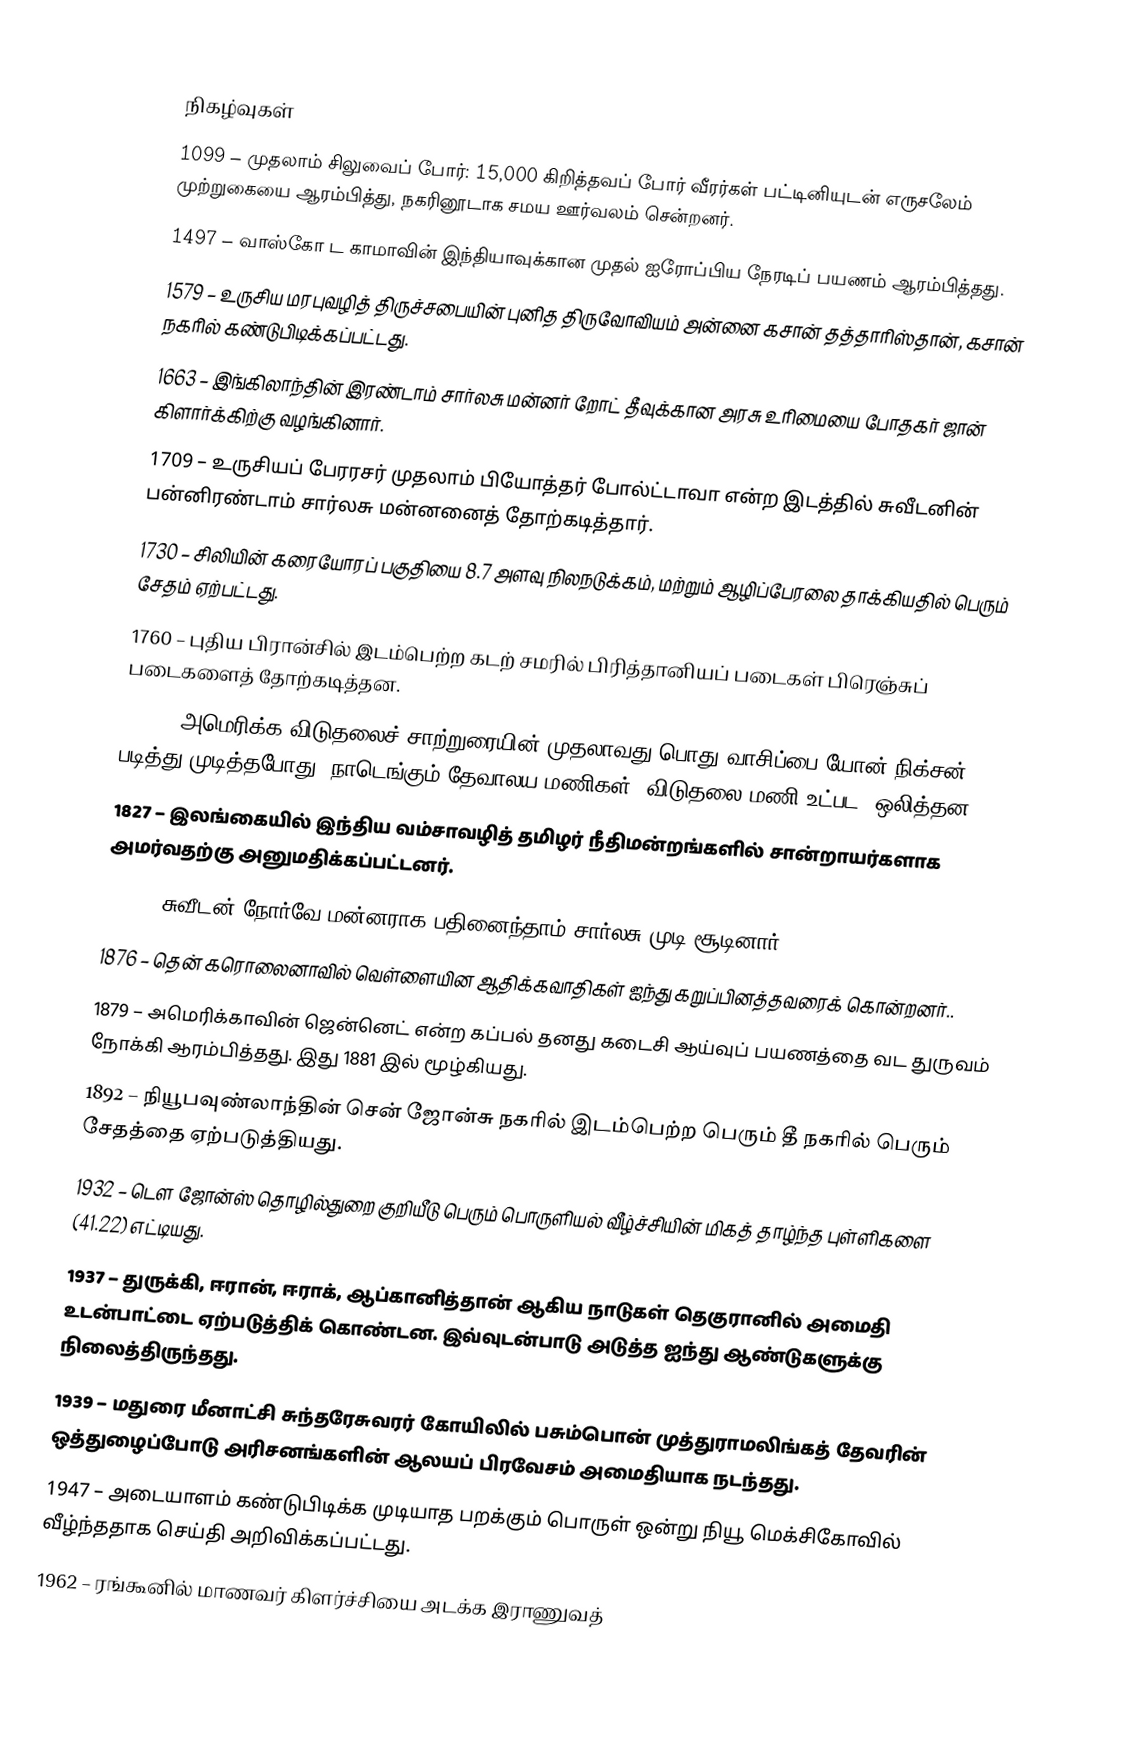

நிகழ்வுகள்
1099 – முதலாம் சிலுவைப் போர்: 15,000 கிறித்தவப் போர் வீரர்கள் பட்டினியுடன் எருசலேம் முற்றுகையை ஆரம்பித்து, நகரினூடாக சமய ஊர்வலம் சென்றனர்.
1497 – வாஸ்கோ ட காமாவின் இந்தியாவுக்கான முதல் ஐரோப்பிய நேரடிப் பயணம் ஆரம்பித்தது.
1579 – உருசிய மரபுவழித் திருச்சபையின் புனித திருவோவியம் அன்னை கசான் தத்தாரிஸ்தான், கசான் நகரில் கண்டுபிடிக்கப்பட்டது.
1663 – இங்கிலாந்தின் இரண்டாம் சார்லசு மன்னர் றோட் தீவுக்கான அரசு உரிமையை போதகர் ஜான் கிளார்க்கிற்கு வழங்கினார்.
1709 – உருசியப் பேரரசர் முதலாம் பியோத்தர் போல்ட்டாவா என்ற இடத்தில் சுவீடனின் பன்னிரண்டாம் சார்லசு மன்னனைத் தோற்கடித்தார்.
1730 – சிலியின் கரையோரப் பகுதியை 8.7 அளவு நிலநடுக்கம், மற்றும் ஆழிப்பேரலை தாக்கியதில் பெரும் சேதம் ஏற்பட்டது.
1760 – புதிய பிரான்சில் இடம்பெற்ற கடற் சமரில் பிரித்தானியப் படைகள் பிரெஞ்சுப் படைகளைத் தோற்கடித்தன.
1776 – அமெரிக்க விடுதலைச் சாற்றுரையின் முதலாவது பொது வாசிப்பை யோன் நிக்சன் படித்து முடித்தபோது, நாடெங்கும் தேவாலய மணிகள் (விடுதலை மணி உட்பட) ஒலித்தன.
1827 – இலங்கையில் இந்திய வம்சாவழித் தமிழர் நீதிமன்றங்களில் சான்றாயர்களாக அமர்வதற்கு அனுமதிக்கப்பட்டனர்.
1859 – சுவீடன்-நோர்வே மன்னராக பதினைந்தாம் சார்லசு முடி சூடினார்.
1876 – தென் கரொலைனாவில் வெள்ளையின ஆதிக்கவாதிகள் ஐந்து கறுப்பினத்தவரைக் கொன்றனர்..
1879 – அமெரிக்காவின் ஜென்னெட் என்ற கப்பல் தனது கடைசி ஆய்வுப் பயணத்தை வட துருவம் நோக்கி ஆரம்பித்தது. இது 1881 இல் மூழ்கியது.
1892 – நியூபவுண்லாந்தின் சென் ஜோன்சு நகரில் இடம்பெற்ற பெரும் தீ நகரில் பெரும் சேதத்தை ஏற்படுத்தியது.
1932 – டௌ ஜோன்ஸ் தொழில்துறை குறியீடு பெரும் பொருளியல் வீழ்ச்சியின் மிகத் தாழ்ந்த புள்ளிகளை (41.22) எட்டியது.
1937 – துருக்கி, ஈரான், ஈராக், ஆப்கானித்தான் ஆகிய நாடுகள் தெகுரானில் அமைதி உடன்பாட்டை ஏற்படுத்திக் கொண்டன. இவ்வுடன்பாடு அடுத்த ஐந்து ஆண்டுகளுக்கு நிலைத்திருந்தது.
1939 – மதுரை மீனாட்சி சுந்தரேசுவரர் கோயிலில் பசும்பொன் முத்துராமலிங்கத் தேவரின் ஒத்துழைப்போடு அரிசனங்களின் ஆலயப் பிரவேசம் அமைதியாக நடந்தது.
1947 – அடையாளம் கண்டுபிடிக்க முடியாத பறக்கும் பொருள் ஒன்று நியூ மெக்சிகோவில் வீழ்ந்ததாக செய்தி அறிவிக்கப்பட்டது.
1962 – ரங்கூனில் மாணவர் கிளர்ச்சியை அடக்க இராணுவத்